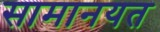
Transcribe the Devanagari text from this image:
सामानयत